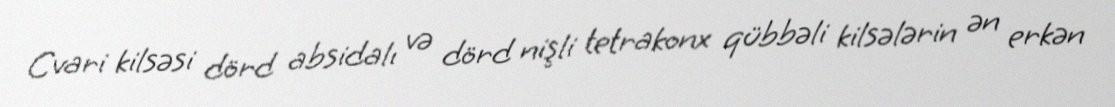
Cvari kilsəsi dörd absidalı və dörd nişli tetrakonx qübbəli kilsələrin ən erkən